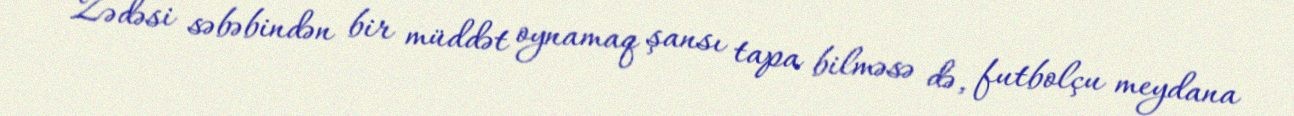
Zədəsi səbəbindən bir müddət oynamaq şansı tapa bilməsə də, futbolçu meydana